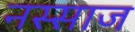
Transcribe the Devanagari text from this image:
नस्साज